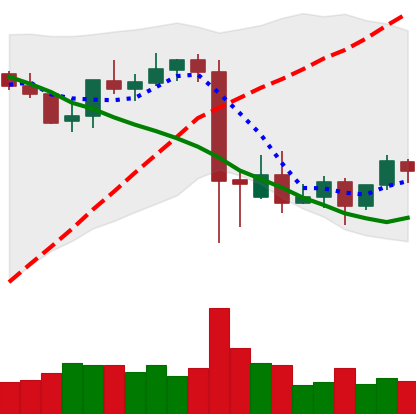
Ticker: BNB-USD
Chart end date: 2021-09-16
Forward return: -18.866%
Label: down_7plus